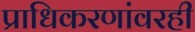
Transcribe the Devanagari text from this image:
प्राधिकरणांवरही